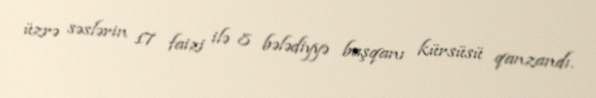
üzrə səslərin 17 faizi ilə 8 bələdiyyə başqanı kürsüsü qanzandı.